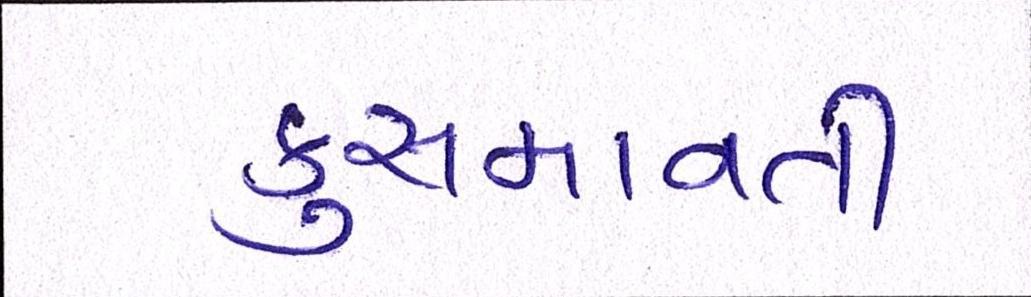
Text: કુસમાવતી